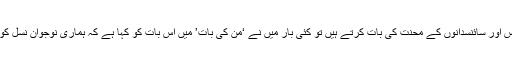
میرے پیارے نوجوانوں، جب ہم سائنس اور سائنسدانوں کے محنت کی بات کرتے ہیں تو کئی بار میں نے ‘من کی بات’ میں اس بات کو کہا ہے کہ ہماری نوجوان نسل کو سائنس کی توجہ منتقل کرنی چاہئے۔